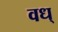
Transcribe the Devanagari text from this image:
वध्